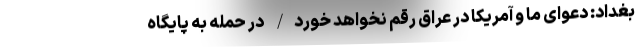
بغداد: دعوای ما و آمریکا در عراق رقم نخواهد خورد/ در حمله به پایگاه